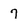
Character: 7